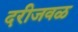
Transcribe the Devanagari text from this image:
दरीजवळ